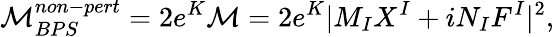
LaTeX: {\cal M}_{BPS}^{non-pert}=2e^{K}{\cal M}={2}e^{K}|M_{I}X^{I}+iN_{I}F^{I}|^{2},